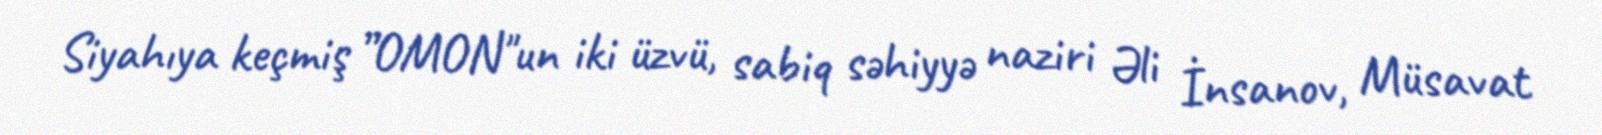
Siyahıya keçmiş ”OMON"un iki üzvü, sabiq səhiyyə naziri Əli İnsanov, Müsavat